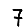
Digit: 7